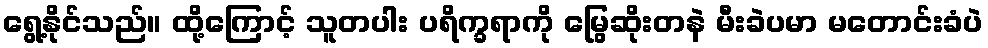
ရွေ့နိုင်သည်။ ထို့ကြောင့် သူတပါး ပရိက္ခရာကို မြွေဆိုးတနဲ မီးခဲပမာ မတောင်းခံပဲ